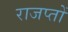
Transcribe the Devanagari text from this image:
राजप्तों